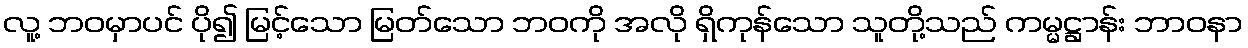
လူ့ ဘဝမှာပင် ပို၍ မြင့်သော မြတ်သော ဘဝကို အလို ရှိကုန်သော သူတို့သည် ကမ္မဋ္ဌာန်း ဘာဝနာ